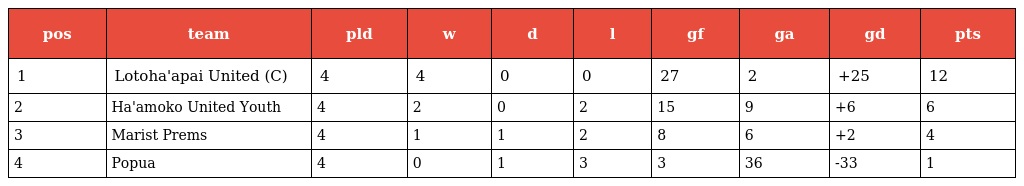
| pos | team | pld | w | d | l | gf | ga | gd | pts |
 | --- | --- | --- | --- | --- | --- | --- | --- | --- | --- |
 | 1 | Lotoha'apai United (C) | 4 | 4 | 0 | 0 | 27 | 2 | +25 | 12 |
 | 2 | Ha'amoko United Youth | 4 | 2 | 0 | 2 | 15 | 9 | +6 | 6 |
 | 3 | Marist Prems | 4 | 1 | 1 | 2 | 8 | 6 | +2 | 4 |
 | 4 | Popua | 4 | 0 | 1 | 3 | 3 | 36 | -33 | 1 |